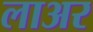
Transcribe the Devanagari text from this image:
लाअर